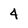
Character: 4